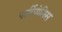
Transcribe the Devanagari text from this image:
पर्सीपोलिस